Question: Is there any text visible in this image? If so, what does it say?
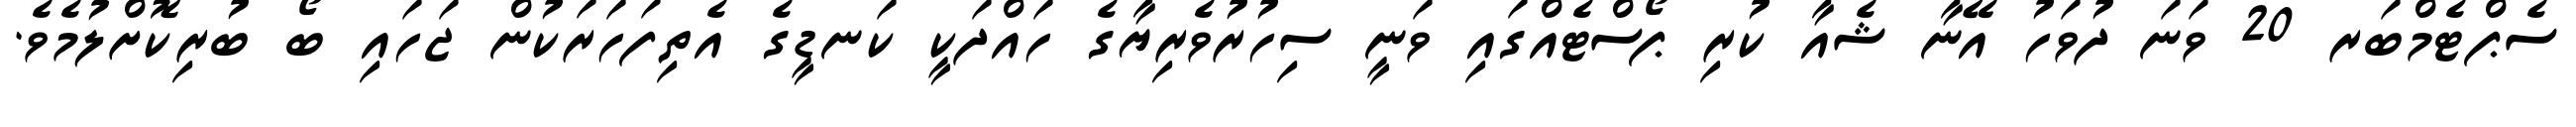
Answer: ސެޕްޓެމްބަރ 20 ވަނަ ދުވަހު އޭނާ ޝެއާ ކުރި ޕޯސްޓެއްގައި ވަނީ ސިހުރުވެރިޔާގެ ހައްދަކީ ކަނޑީގެ އެތިފަހަރަކުން ޖަހައި ބޯ ބުރިކޮށްލުމެވެ.